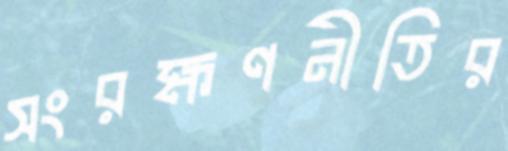
সংরক্ষণনীতির